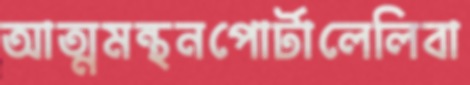
আত্মমন্থনপোর্টালেলিবা